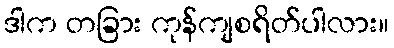
ဒါက တခြား ကုန်ကျစရိတ်ပါလား။